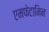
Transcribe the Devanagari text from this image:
एमफेटामिन